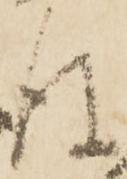
後